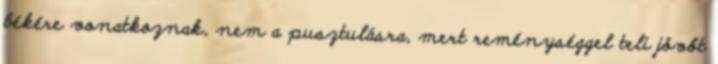
békére vonatkoznak, nem a pusztulásra, mert reménységgel teli jövőt